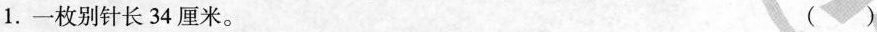
1.一枚别针长34厘米。 ( )